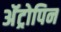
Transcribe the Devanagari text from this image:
अॅट्रोपिन